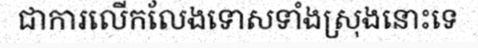
ជាការលើកលែងទោសទាំងស្រុងនោះទេ